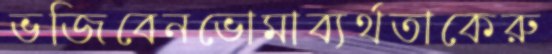
ভজিবেনভোমাব্যর্থতাকেরু